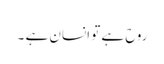
روح ہے تو انسان ہے ۔